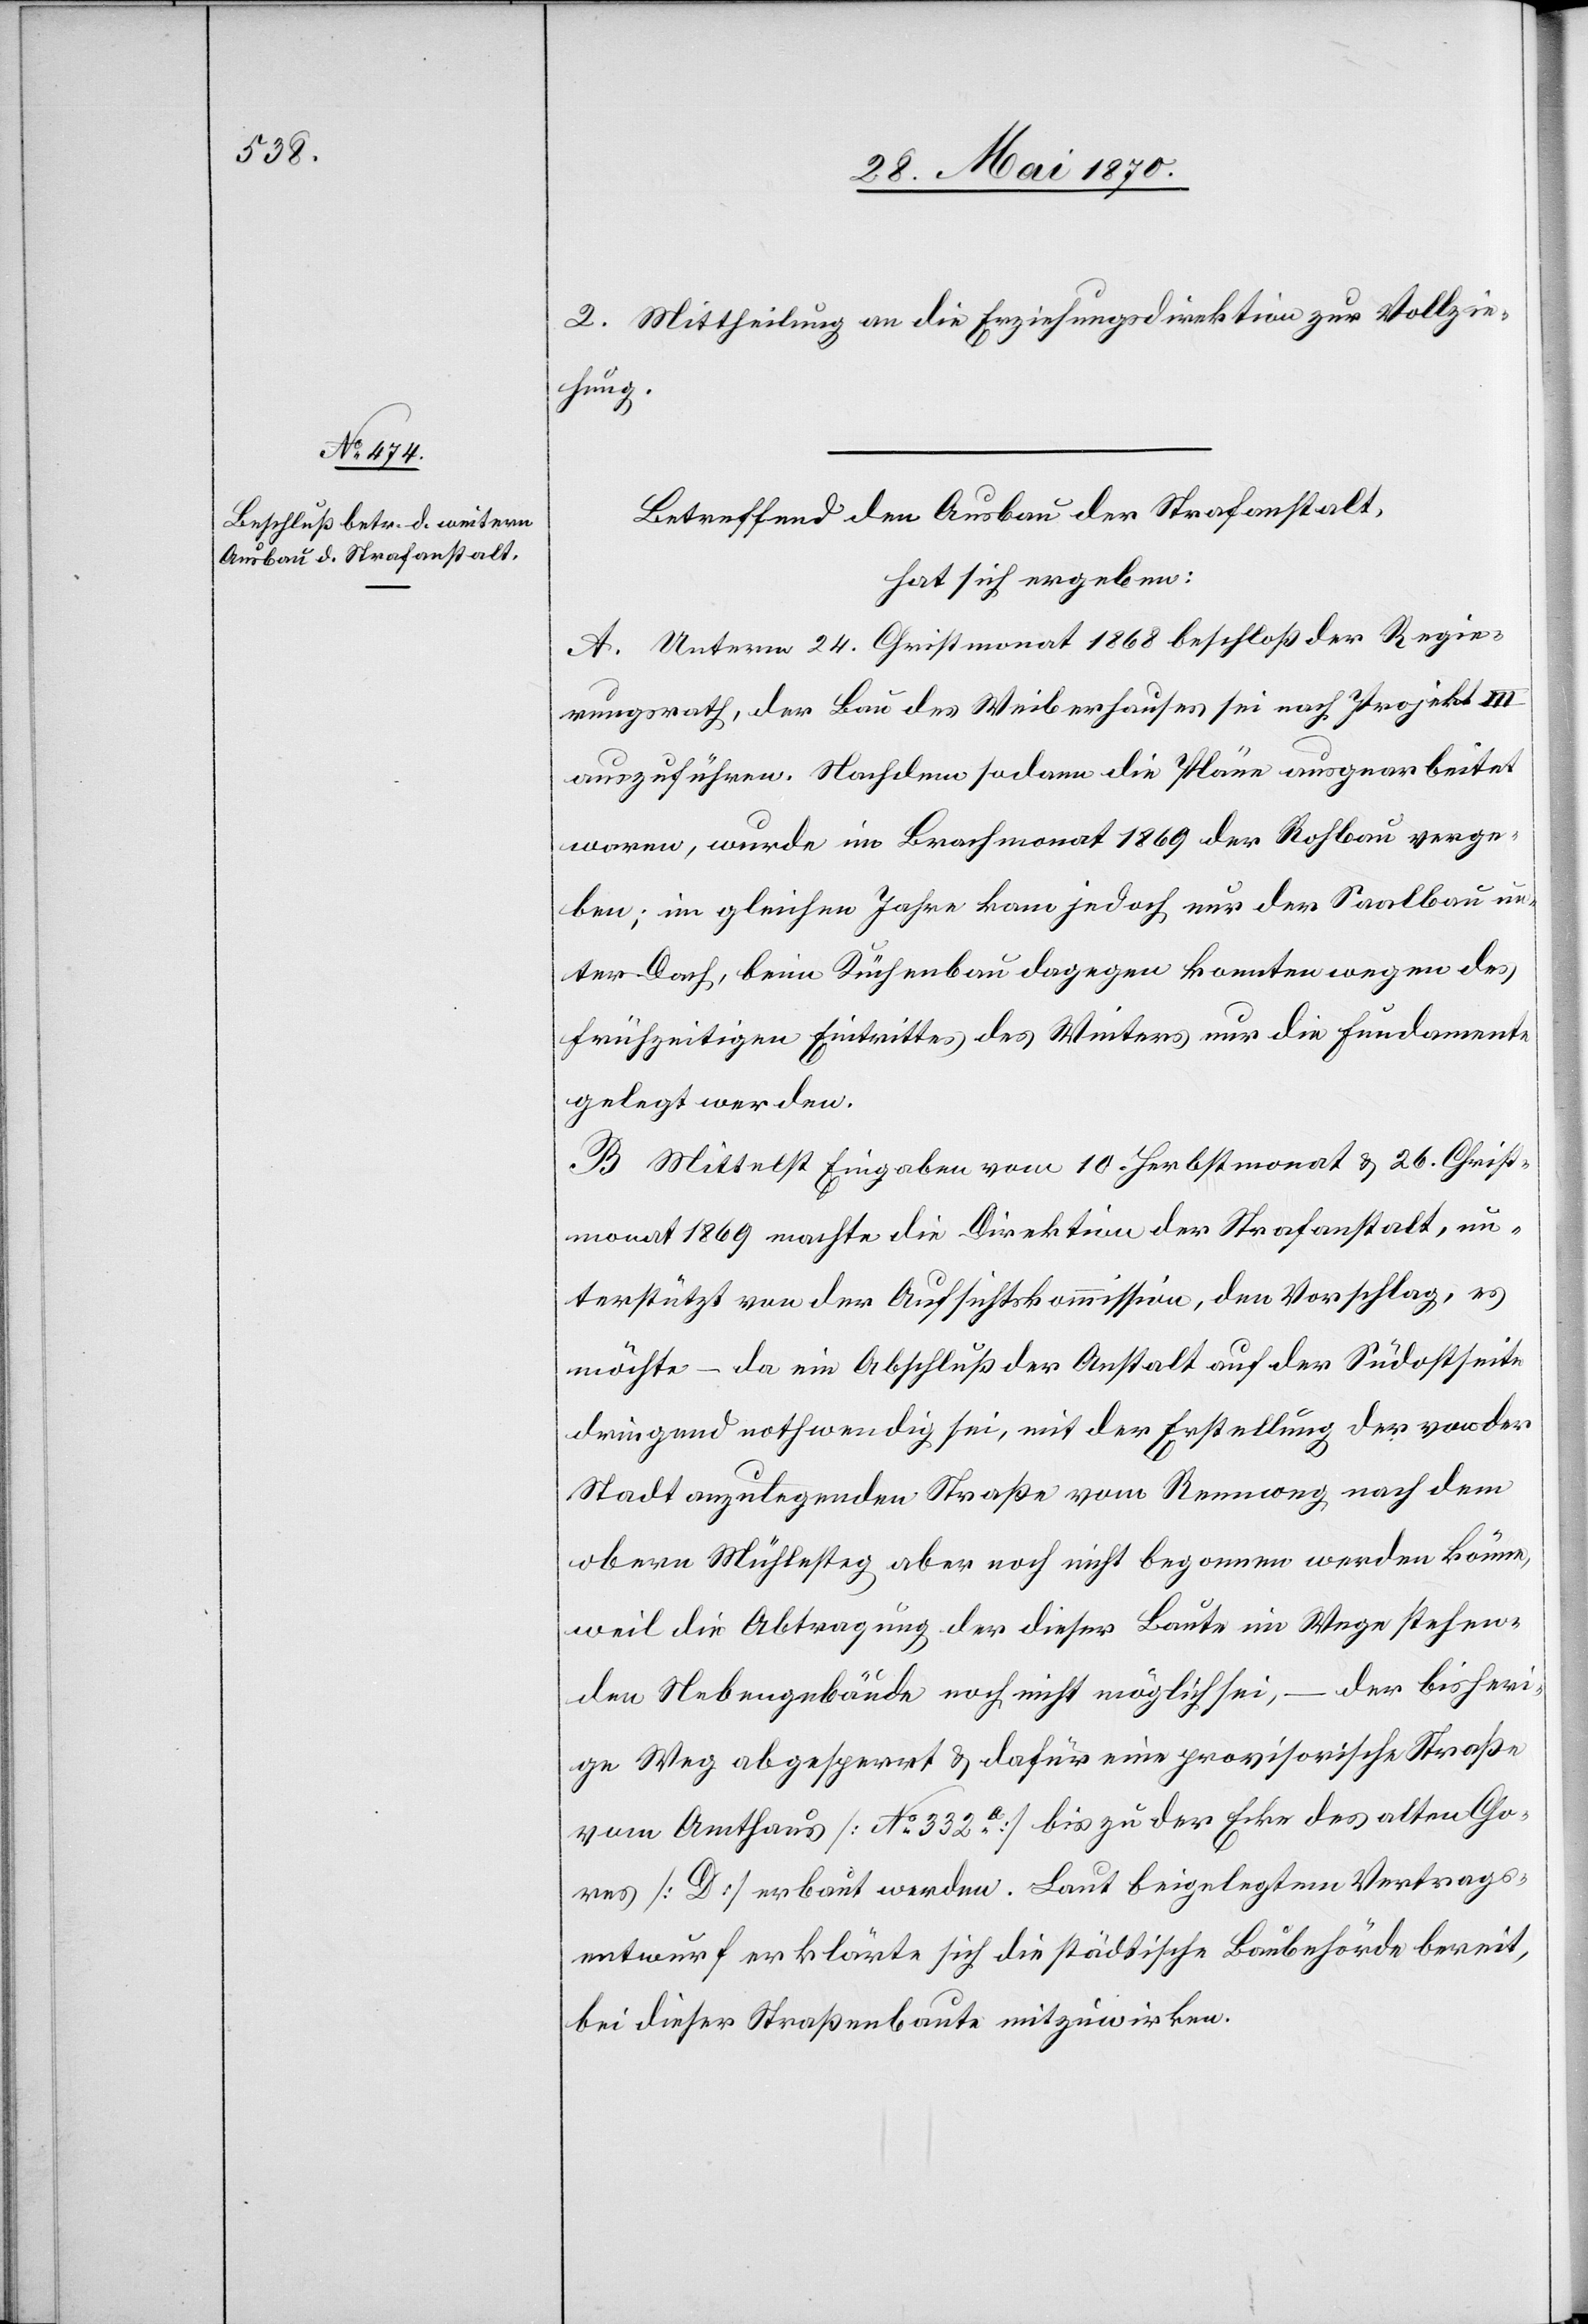
2. Mittheilung an die Erziehungsdirektion zur Vollzie¬
hung.
Betreffend den Ausbau der Strafanstalt,
hat sich ergeben:
A. Unterm 24. Christmonat 1868 beschloß der Regie¬
rungsrath, der Bau des Weiberhauses sei nach Projekt III
auszuführen. Nachdem sodann die Pläne ausgearbeitet
waren, wurde im Brachmonat 1869 der Rohbau verge¬
ben; im gleichen Jahre kam jedoch nur der Saalbau un¬
ter Dach, beim Küchenbau dagegen konnten wegen des
frühzeitigen Eintrittes des Winters nur die Fundamente
gelegt werden.
B. Mittelst Eingaben vom 10. Herbstmonat & 26. Christ¬
monat 1869 machte die Direktion der Strafanstalt, un¬
terstützt von der Aufsichtskommission, den Vorschlag, es
möchte – da ein Abschluß der Anstalt auf der Südostseite
dringend nothwendig sei, mit der Erstellung der von der
Stadt anzulegenden Straße vom Rennweg nach dem
obern Mühlesteg aber noch nicht begonnen werden könne,
weil die Abtragung der dieser Baute im Wege stehen¬
den Nebengebäude noch nicht möglich sei, – der bisheri¬
ge Weg abgesperrt & dafür eine provisorische Straße
vom Amthaus [No 332a] bis zu der Ecke des alten Cho¬
res [D] erbaut werden. Laut beigelegtem Vertrags¬
entwurf erklärte sich die städtische Baubehörde bereit,
bei dieser Straßenbaute mitzuwirken.